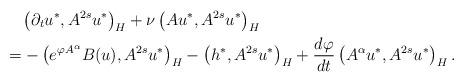
LaTeX: \begin{align*}&\quad\left( \partial_t u^*, A^{2s} u^* \right)_H + \nu \left( Au^*, A^{2s} u^* \right)_H\\&= - \left( e^{\varphi A^{\alpha}} B(u) , A^{2s} u^* \right)_H - \left( h^*, A^{2s} u^* \right)_H + \frac{d \varphi}{dt} \left( A^{\alpha}u^* , A^{2s} u^* \right)_H .\end{align*}